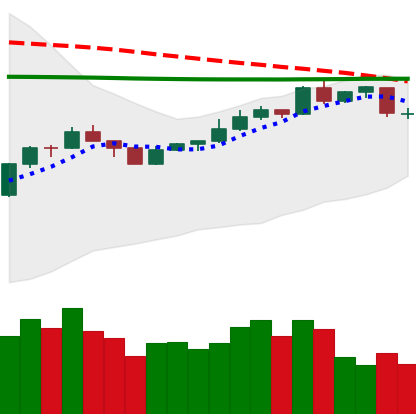
Ticker: XMR-USD
Chart end date: 2020-04-11
Forward return: 6.169%
Label: up_5_7